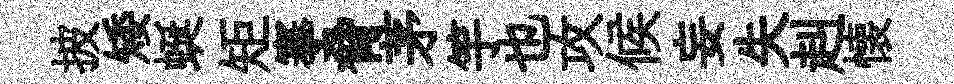
披矮蜒矩搴脅茅竽也攻候妄失赳懐